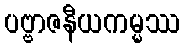
ပဗ္ဗာဇနီယကမ္မဿ